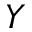
Y